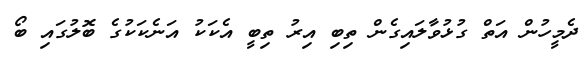
ދެމީހުން އަތް ގުޅުވާލައިގެން ތިބި އިރު ތިބީ އެކަކު އަނެކަކުގެ ބޮލުގައި ބޯ